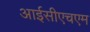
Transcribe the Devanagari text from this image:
आईसीएचएम